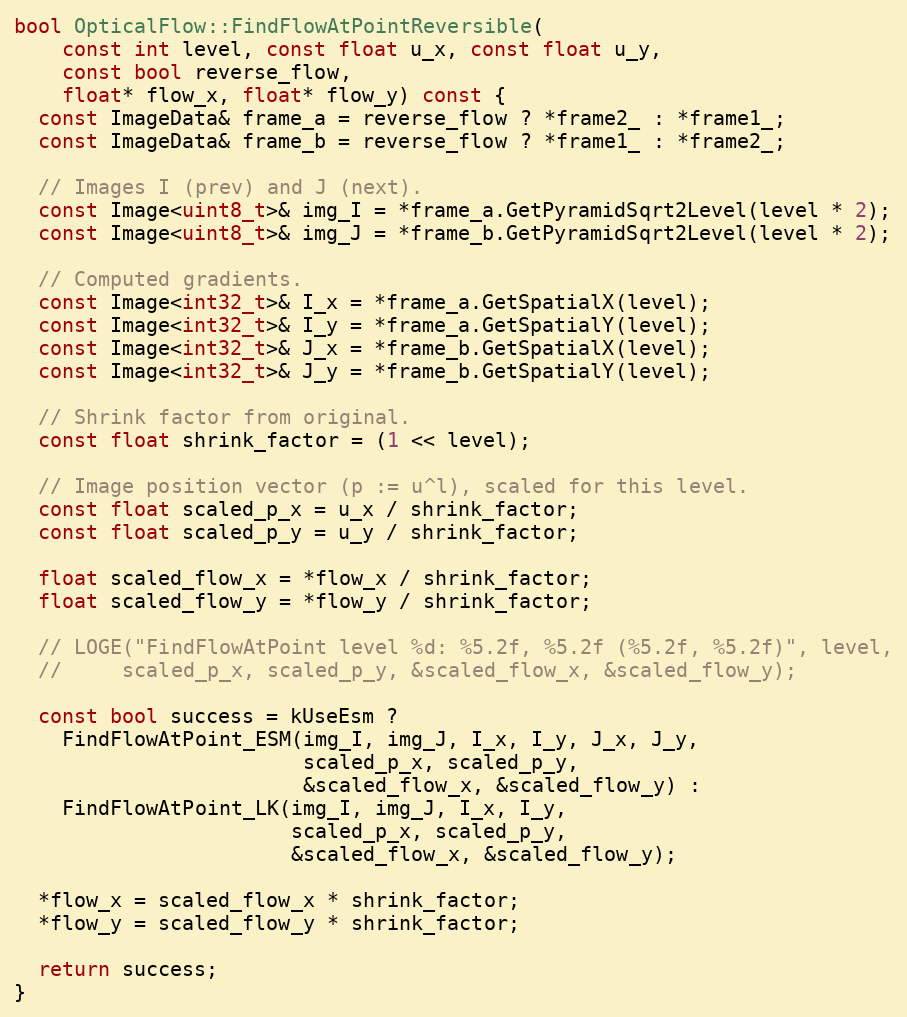
Language: C++
bool OpticalFlow::FindFlowAtPointReversible(
    const int level, const float u_x, const float u_y,
    const bool reverse_flow,
    float* flow_x, float* flow_y) const {
  const ImageData& frame_a = reverse_flow ? *frame2_ : *frame1_;
  const ImageData& frame_b = reverse_flow ? *frame1_ : *frame2_;

  // Images I (prev) and J (next).
  const Image<uint8_t>& img_I = *frame_a.GetPyramidSqrt2Level(level * 2);
  const Image<uint8_t>& img_J = *frame_b.GetPyramidSqrt2Level(level * 2);

  // Computed gradients.
  const Image<int32_t>& I_x = *frame_a.GetSpatialX(level);
  const Image<int32_t>& I_y = *frame_a.GetSpatialY(level);
  const Image<int32_t>& J_x = *frame_b.GetSpatialX(level);
  const Image<int32_t>& J_y = *frame_b.GetSpatialY(level);

  // Shrink factor from original.
  const float shrink_factor = (1 << level);

  // Image position vector (p := u^l), scaled for this level.
  const float scaled_p_x = u_x / shrink_factor;
  const float scaled_p_y = u_y / shrink_factor;

  float scaled_flow_x = *flow_x / shrink_factor;
  float scaled_flow_y = *flow_y / shrink_factor;

  // LOGE("FindFlowAtPoint level %d: %5.2f, %5.2f (%5.2f, %5.2f)", level,
  //     scaled_p_x, scaled_p_y, &scaled_flow_x, &scaled_flow_y);

  const bool success = kUseEsm ?
    FindFlowAtPoint_ESM(img_I, img_J, I_x, I_y, J_x, J_y,
                        scaled_p_x, scaled_p_y,
                        &scaled_flow_x, &scaled_flow_y) :
    FindFlowAtPoint_LK(img_I, img_J, I_x, I_y,
                       scaled_p_x, scaled_p_y,
                       &scaled_flow_x, &scaled_flow_y);

  *flow_x = scaled_flow_x * shrink_factor;
  *flow_y = scaled_flow_y * shrink_factor;

  return success;
}